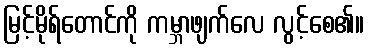
မြင့်မိုရ်တောင်ကို ကမ္ဘာဖျက်လေ လွင့်စေ၏။